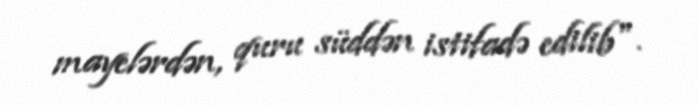
mayelərdən, quru süddən istifadə edilib".